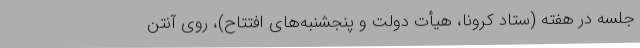
جلسه‌ در هفته (ستاد کرونا، هیأت دولت و پنجشنبه‌های‌ افتتاح)، روی آنتن